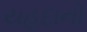
યહૂદાનો